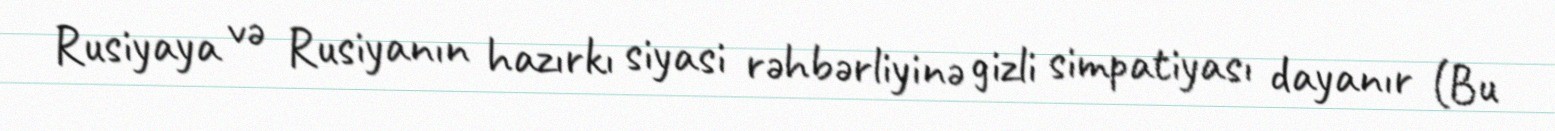
Rusiyaya və Rusiyanın hazırkı siyasi rəhbərliyinə gizli simpatiyası dayanır (Bu